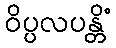
ဝိပ္ပလပန္တိံ